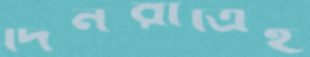
দিনরাত্রিই